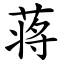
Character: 蒋